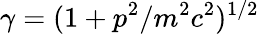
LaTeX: \gamma=(1+p^{2}/m^{2}c^{2})^{1/2}